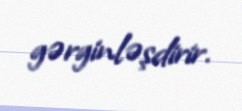
gərginləşdirir.